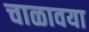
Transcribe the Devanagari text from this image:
चाळावया